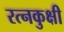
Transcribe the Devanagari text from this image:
रत्नकुक्षी